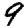
Digit: 9